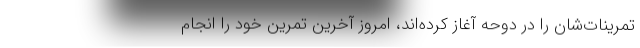
تمرینات‌شان را در دوحه آغاز کرده‌اند، امروز آخرین تمرین خود را انجام